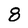
Character: 8